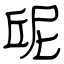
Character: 屔